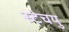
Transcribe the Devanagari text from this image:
स्टेचयु